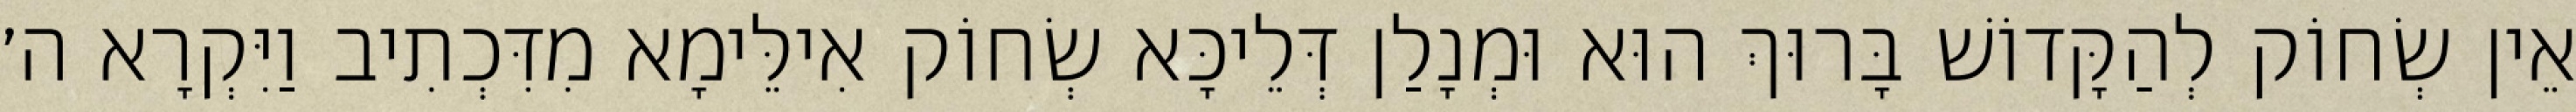
אֵין שְׂחוֹק לְהַקָּדוֹשׁ בָּרוּךְ הוּא וּמְנָלַן דְּלֵיכָּא שְׂחוֹק אִילֵּימָא מִדִּכְתִיב וַיִּקְרָא ה׳